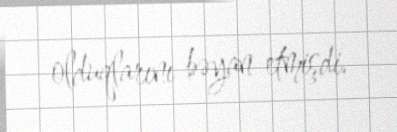
olduqlarını bəyan etmişdi.